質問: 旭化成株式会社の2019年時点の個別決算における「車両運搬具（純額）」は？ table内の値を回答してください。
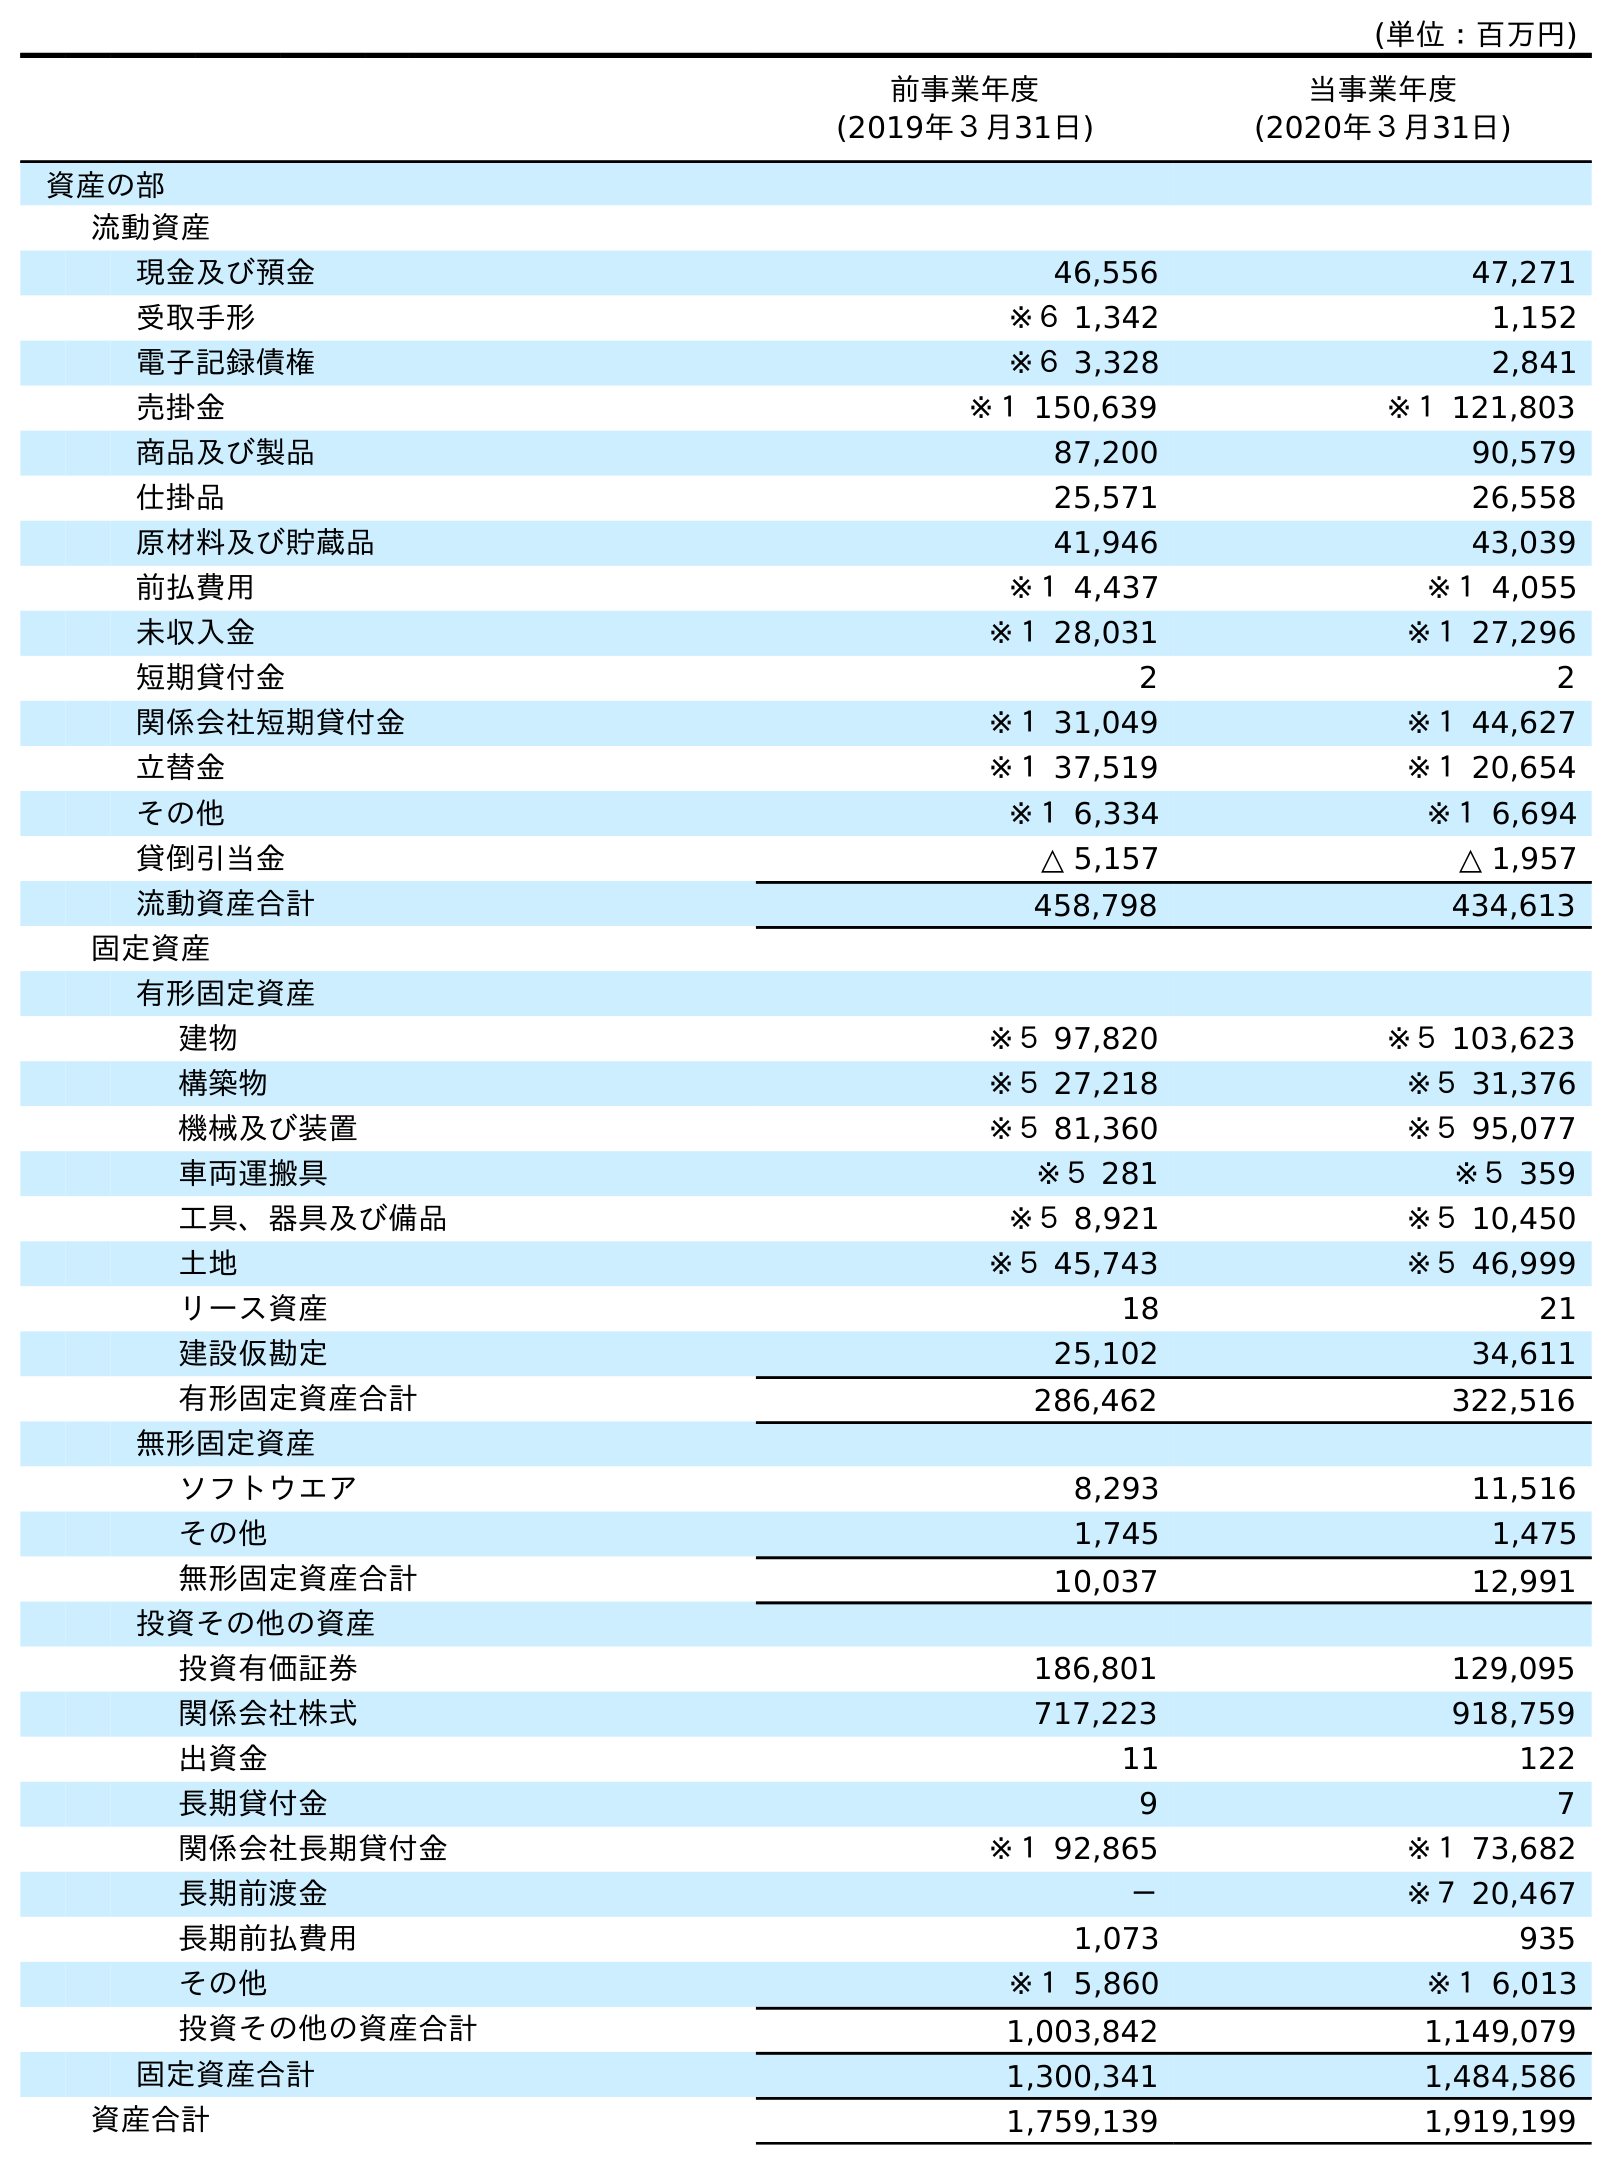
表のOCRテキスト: (単位：百万円) 前事業年度 (2019年３月31日) 当事業年度 (2020年３月31日) 資産の部 流動資産 現金及び預金 46,556 47,271 受取手形 ※６ 1,342 1,152 電子記録債権 ※６ 3,328 2,841 売掛金 ※１ 150,639 ※１ 121,803 商品及び製品 87,200 90,579 仕掛品 25,571 26,558 原材料及び貯蔵品 41,946 43,039 前払費用 ※１ 4,437 ※１ 4,055 未収入金 ※１ 28,031 ※１ 27,296 短期貸付金 2 2 関係会社短期貸付金 ※１ 31,049 ※１ 44,627 立替金 ※１ 37,519 ※１ 20,654 その他 ※１ 6,334 ※１ 6,694 貸倒引当金 △ 5,157 △ 1,957 流動資産合計 458,798 434,613 固定資産 有形固定資産 建物 ※５ 97,820 ※５ 103,623 構築物 ※５ 27,218 ※５ 31,376 機械及び装置 ※５ 81,360 ※５ 95,077 車両運搬具 ※５ 281 ※５ 359 工具、器具及び備品 ※５ 8,921 ※５ 10,450 土地 ※５ 45,743 ※５ 46,999 リース資産 18 21 建設仮勘定 25,102 34,611 有形固定資産合計 286,462 322,516 無形固定資産 ソフトウエア 8,293 11,516 その他 1,745 1,475 無形固定資産合計 10,037 12,991 投資その他の資産 投資有価証券 186,801 129,095 関係会社株式 717,223 918,759 出資金 11 122 長期貸付金 9 7 関係会社長期貸付金 ※１ 92,865 ※１ 73,682 長期前渡金 － ※７ 20,467 長期前払費用 1,073 935 その他 ※１ 5,860 ※１ 6,013 投資その他の資産合計 1,003,842 1,149,079 固定資産合計 1,300,341 1,484,586 資産合計 1,759,139 1,919,199
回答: ※５281